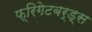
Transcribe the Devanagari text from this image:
फ्रिगेटबर्ड्स